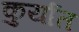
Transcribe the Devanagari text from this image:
कुर्यात